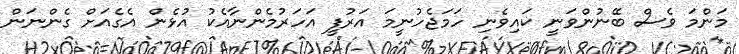
މަންމަ ވެސް ބޭނުންވަނީ ކައިވެނި ހަމަޖެހުނީމަ އަރުފީ އަހަރުމެންނާއެކު އުޅެން އެގެއަށް ގެންނަން